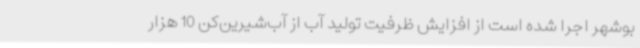
بوشهر اجرا شده است از افزایش ظرفیت تولید آب از آب‌شیرین‌کن 10 هزار